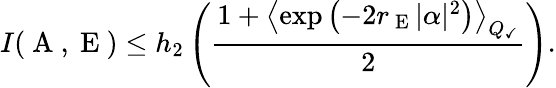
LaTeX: I(\mathrm{~A~},\mathrm{~E~})\leq h_{2}\left(\frac{1+\left\langle\exp\left(-2r_{\mathrm{~E~}}|\alpha|^{2}\right)\right\rangle_{Q_{\checkmark}}}{2}\right).